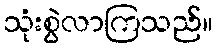
သုံးစွဲလာကြသည်။